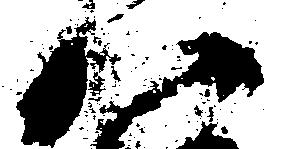
八